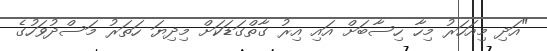
"އަދި މިއަހަރު މިހާ ހިސާބަށް އައި އިރު ގާތްގަޑަކަށް މިދިޔަ ހަތަރު މަސްދުވަހުގެ